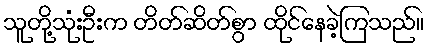
သူတို့သုံးဦးက တိတ်ဆိတ်စွာ ထိုင်နေခဲ့ကြသည်။